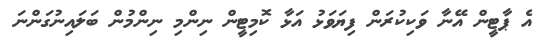
އެ ޕާޓީން އޭނާ ވަކިކުރަން ފިޔަވަޅު އަޅާ ކޮމިޓީން ނިންމި ނިންމުން ބަލައިނުގަންނަ